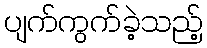
ပျက်ကွက်ခဲ့သည့်